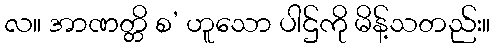
လ။ အာဏတ္တိ စ’ ဟူသော ပါဌ်ကို မိန့်သတည်း။